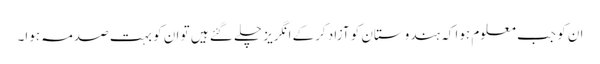
ان کو جب معلوم ہوا کہ ہندوستان کو آزاد کرکے انگریز چلے گئے ہیں تو ان کو بہت صدمہ ہوا۔